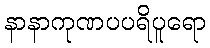
နာနာကုဏပပရိပူရော